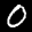
Label: 0